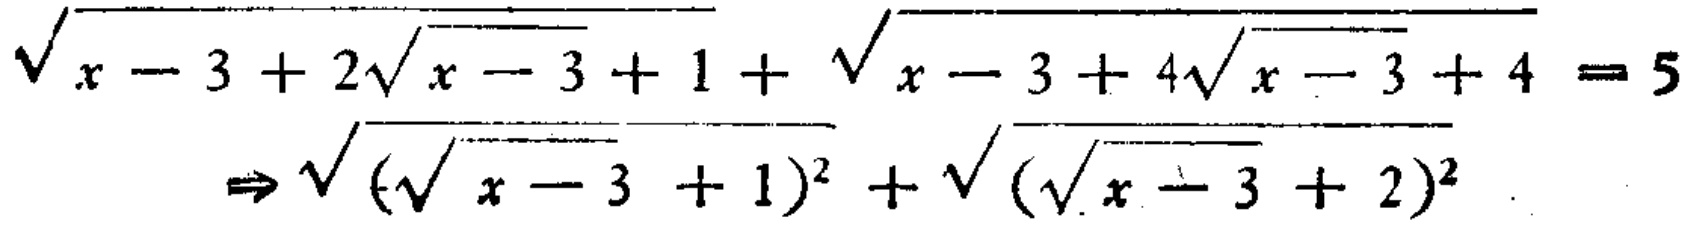
\[\sqrt{x - 3 + 2\sqrt{x - 3 + 1}}+\sqrt{x - 3 + 4\sqrt{x - 3 + 4}} = 5\Rightarrow\sqrt{(\sqrt{x - 3}+1)^2}+\sqrt{(\sqrt{x - 3}+2)^2}\]